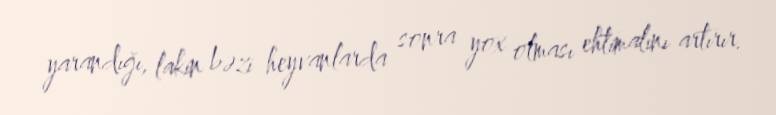
yarandığı, lakin bəzi heyvanlarda sonra yox olması ehtimalını artırır.